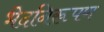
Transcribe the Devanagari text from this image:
भेदनिरूपण